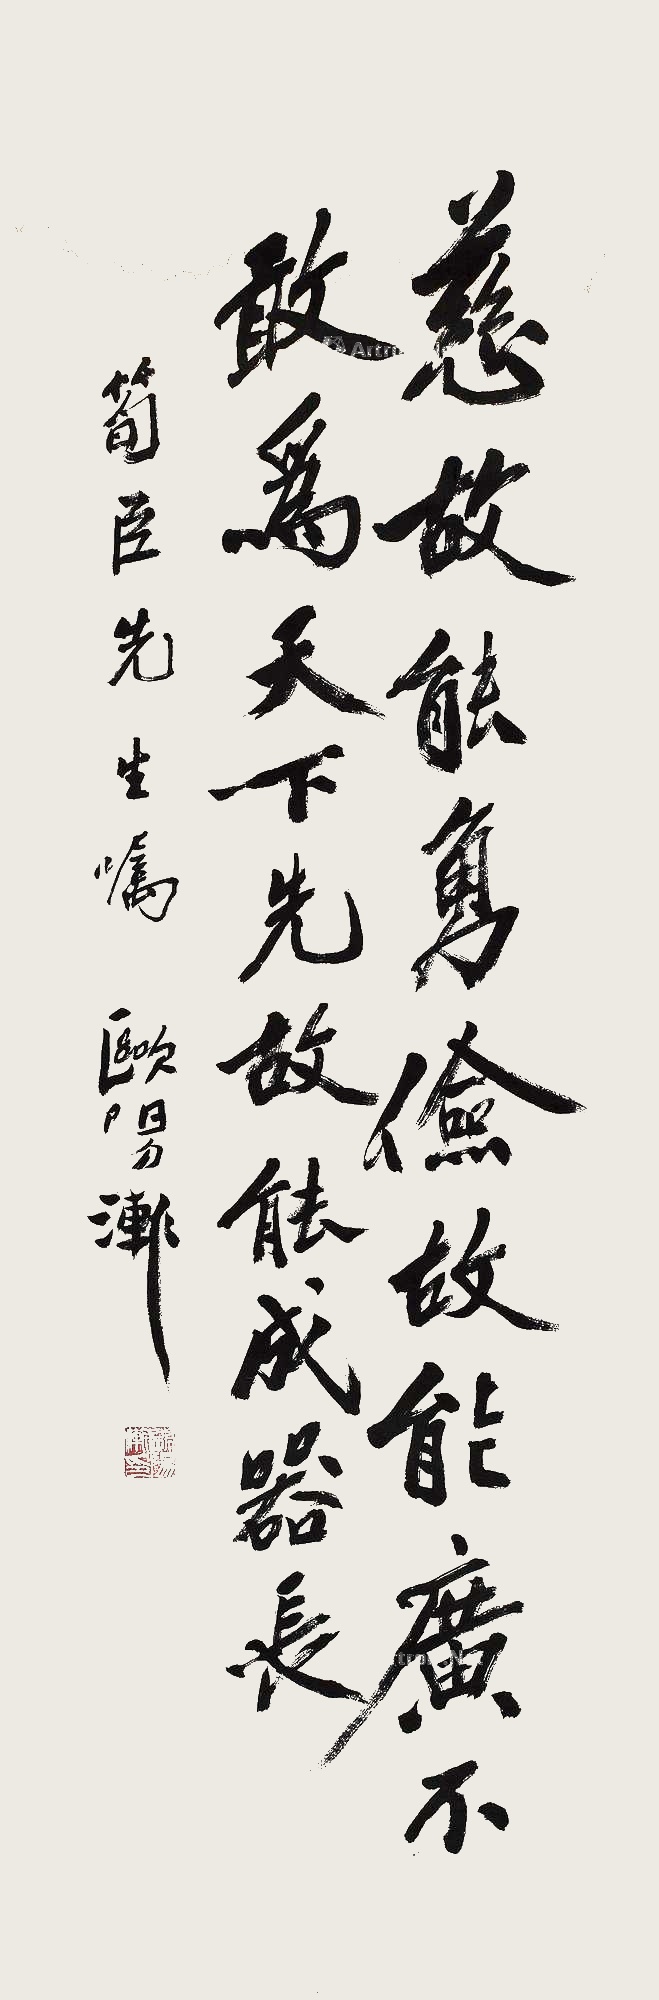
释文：慈故能勇，俭故能广，不敢为天下先，故能成器长。笋臣先生嘱，欧阳渐。